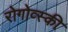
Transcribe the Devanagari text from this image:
रोगोव्स्की